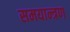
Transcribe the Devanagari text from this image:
समयान्त्रण